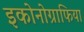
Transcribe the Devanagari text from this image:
इकोनोग्राफिया